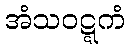
အံသဝဋ္ဋကံ